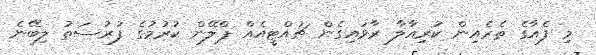
މި ފެއާގެ ތެރެއިން ކުރިއާލާ ރާވައިގެން ޗުއްޓީއެއް ޕްލޭން ކުރުމުގެ ފުރުސަތު ލިބޭނެ